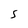
Character: S